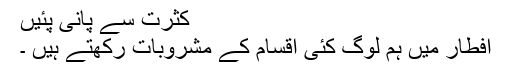
کثرت سے پانی پئیں
افطار میں ہم لوگ کئی اقسام کے مشروبات رکھتے ہیں ۔